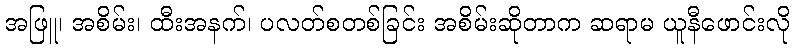
အဖြူ၊ အစိမ်း၊ ထီးအနက်၊ ပလတ်စတစ်ခြင်း အစိမ်းဆိုတာက ဆရာမ ယူနီဖောင်းလို